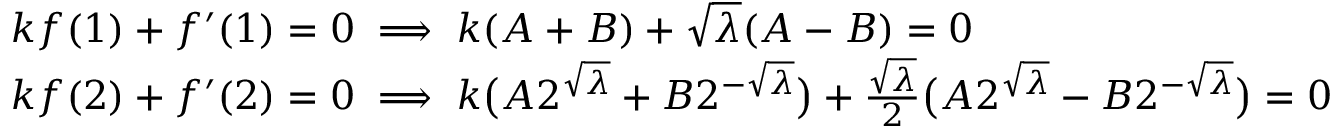
\begin{array} { r l } & { k f ( 1 ) + f ^ { \prime } ( 1 ) = 0 \implies k ( A + B ) + \sqrt \lambda ( A - B ) = 0 } \\ & { k f ( 2 ) + f ^ { \prime } ( 2 ) = 0 \implies k \big ( A 2 ^ { \sqrt \lambda } + B 2 ^ { - \sqrt { \lambda } } \big ) + \frac { \sqrt \lambda } { 2 } \big ( A 2 ^ { \sqrt \lambda } - B 2 ^ { - \sqrt { \lambda } } \big ) = 0 } \end{array}